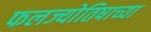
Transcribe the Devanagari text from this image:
फलज्योतिषाच्या